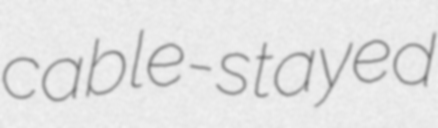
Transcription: cable-stayed